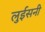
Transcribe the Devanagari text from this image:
लुईसनी